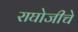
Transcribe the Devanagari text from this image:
राघोजीचे